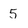
Character: 5